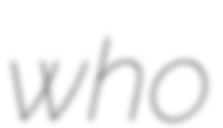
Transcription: who